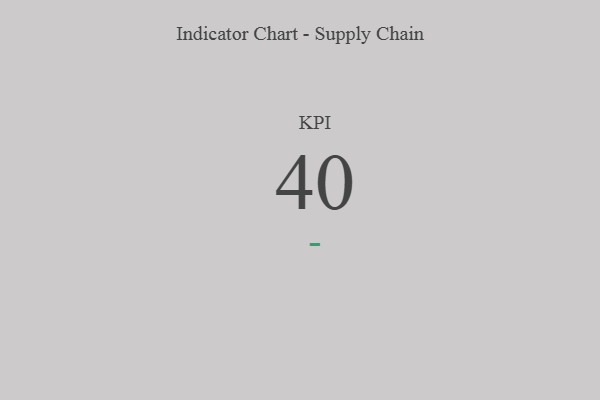
{"axis": {"x": "KPI", "y": "Value"}, "legend": [""], "data": [{"x": "KPI", "y": 40, "type": ""}]}